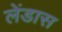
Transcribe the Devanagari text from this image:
लेंडास